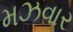
મઝવાર